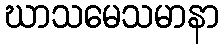
ဃာသမေသမာနာ